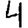
Digit: 4